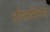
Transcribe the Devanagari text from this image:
टोनस्टिन